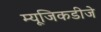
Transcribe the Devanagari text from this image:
म्यूजिकडीजे